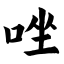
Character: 唑